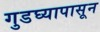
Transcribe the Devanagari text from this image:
गुडघ्यापासून